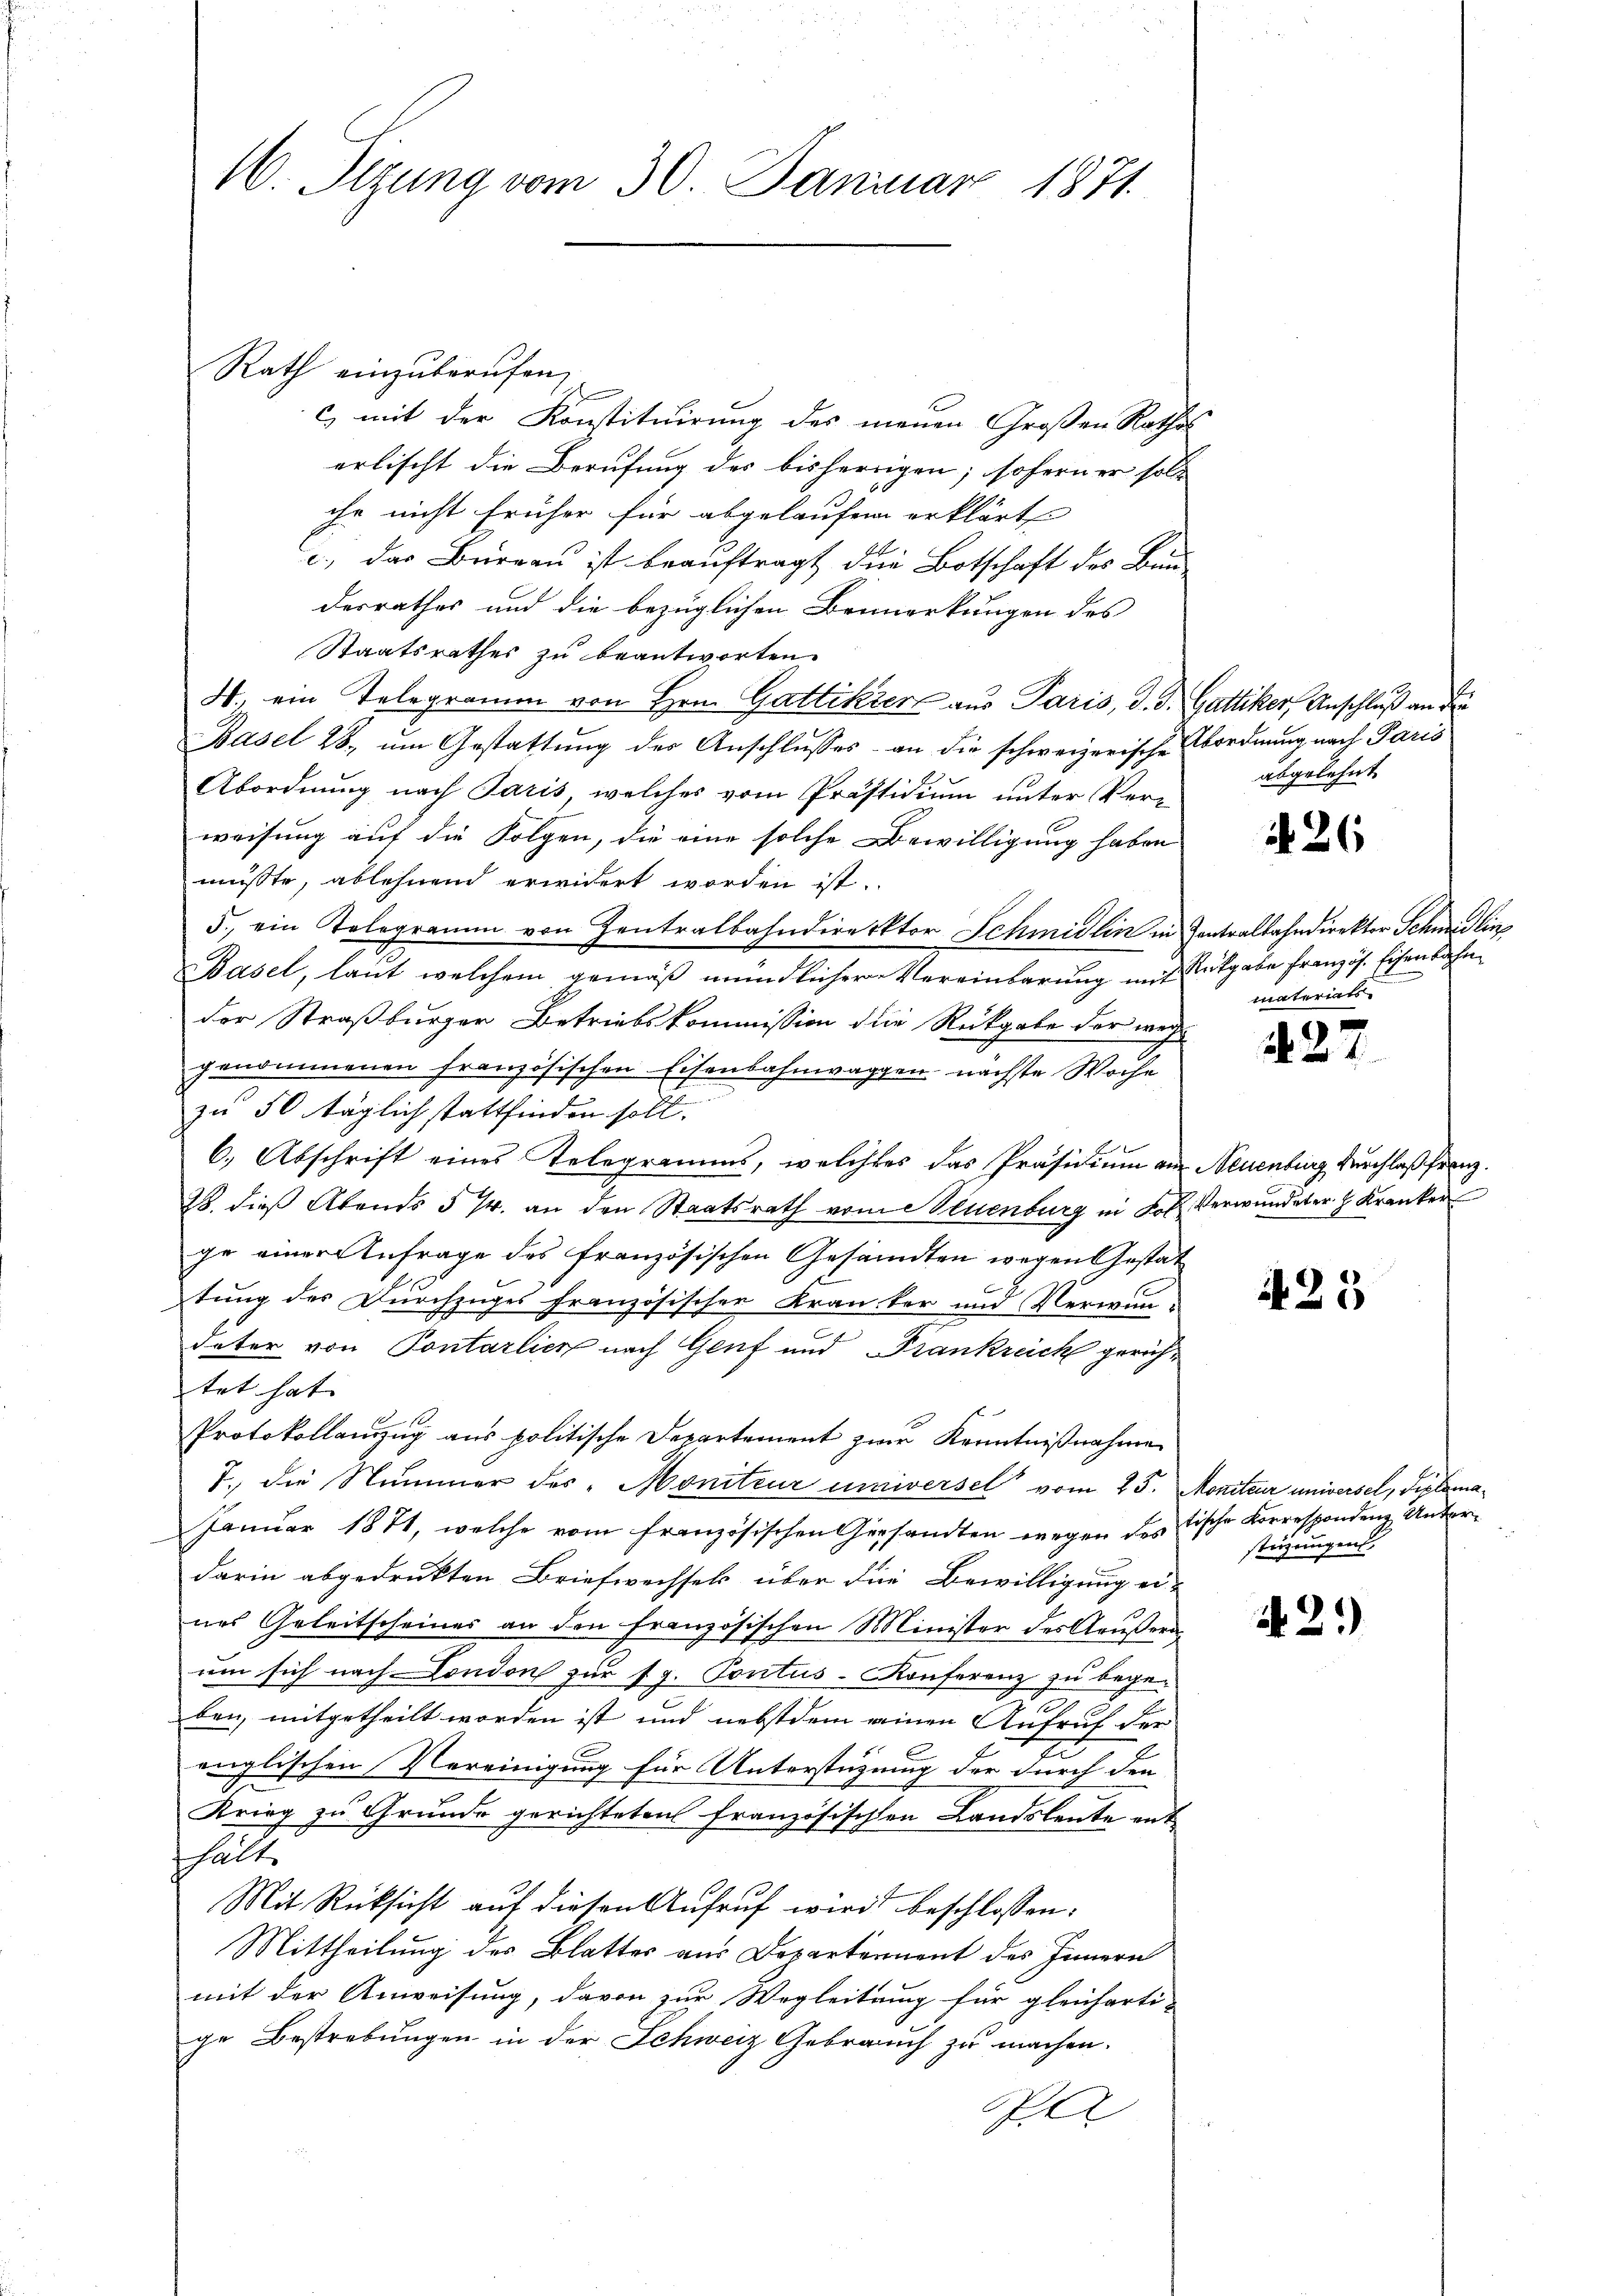
16. Sizung vom 30. Januar 1871.

Rath einzuberufen,
c) mit der Konstituirung des meinen Großen Rathal
erlischt die Berufung des bisherrigen, soferner soll
ihr nicht früher für abgelaufen erklärt
c.) das Büreau ist beauftragt die Botschaft des Bun-
desrathes und die bezüglichen Bemerkungen des
Staatsrathes zu beantworten.
4. ein Telegramm von Hrn. Gattikiert aus Paris, d. d. Gattiker, Anschluß an die
Basel 28. um Gestattung des Anschlusses an die schweizerische Abordnung nach Paris
Abordnung nach Paris, welches vom Präsidium unter Ver-
weisung auf die Folgen, die eine solche Bewilligung haben
musste, ablehnend erwidert worden ist.
5., ein Telegramm von Zentralbahndirektor Schmidlin in Zentralbahndirektor Schmidlin
Basel, laut welchem gemäß mündlicher Vereinbarung mit Rutgabe französ. Eisenbahn
der Straßburger Betriebskommission die Rückgabe der wei
genommenen Französischen Eisenbahnwaggen nächste Woche
zu 50 täglich stattfinden soll.
6.) Abschrift eines Telegramms, welches das Präsidium am Neuenburg durchlaß franz.
B. dieß Abends § 7. an den Staatsrath vom Neuenburg in Lob. Verwundeter. H. Kranker
ge einer Anfrage des französischen Gesandten wegen Gestat
tung des Durchzuges französischen Kranker und Verwundater von Pontarlich nach Genf und Frankreich gerichtet hat. |
1
Protokollanzug aus politische Departement zur Kenntnißnahme
T. die Nummer des Moniteur universel“ vom 25. Moniteur universel, Diploma¬
Januar 1871, welche vom französischen Gersandten wegen des Tische Korrespondenz Unterdarin abgedrukten Briefwechsels über die Bewilligung ei-
nes Geleitscheines an den Französischen Minister des Aeußern
um sich nach London zur sg. Pontus-Konferenz zu begeben, mitgetheilt worden ist und nebstdem einen Aufruf der
englischen Vereinigung für Unterstüzung der durch den
Krieg zu Grunde gerichteten französischen Landsleute ent-
fhält.
Mit Rücksicht auf diesen Aufruf wird beschlossen:
Mittheilung des Blatter aus Departement des Innern
mit der Anweisung, davon zur Wegleitung für gleicharti-
ge Bestrebungen in der Schweiz Gebrauch zu machen.
Pa

abgelehnt

N 26

materiats

427.

if. 25

stüzungen.

N.21)